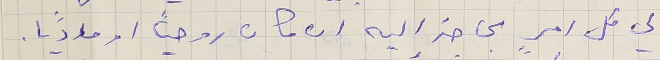
لي كل امرٍ بحاجة اليه ان كان روحياً او ماديًا.